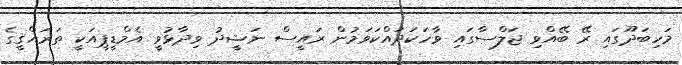
މަހިބަދޫގައި ރޭ ބޭއްވި ޖަލްސާގައި ވާހަކަދައްކަވަމުން ރައީސް ނަޝީދު ވިދާޅުވީ އެމްޑީޕީއަކީ ތަރައްޤީގެ